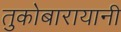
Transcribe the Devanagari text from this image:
तुकोबारायानी